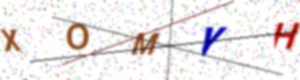
Text: XOMYH